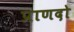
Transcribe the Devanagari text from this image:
प्राणदो